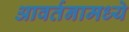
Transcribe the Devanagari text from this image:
आवर्तनामध्ये